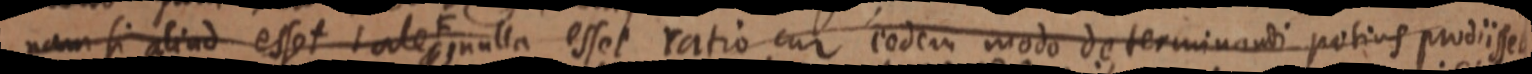
nam si aliud esset tale F nulla esset ratio cum eodem modo determinandi potius prodiisset